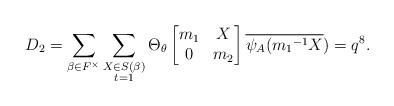
LaTeX: \begin{align*} D_2=\displaystyle \sum_{\beta \in F^{\times}} \sum_{\substack{X\in S(\beta) \\ t=1 }}\Theta_{\theta} \begin{bmatrix} m_1 & X\\0 & m_2\end{bmatrix}\overline{\psi_A({m_1}^{-1}X})=q^8.\end{align*}